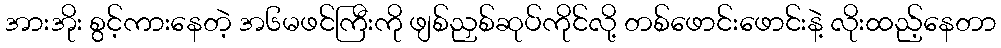
အားအိုး စွင့်ကားနေတဲ့ အ၆မဖင်ကြီးကို ဖျစ်ညှစ်ဆုပ်ကိုင်လို့ တစ်ဖောင်းဖောင်းနဲ့ လိုးထည့်နေတာ